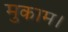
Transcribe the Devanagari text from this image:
मुकाम।